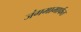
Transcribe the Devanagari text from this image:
जंगमामार्फत